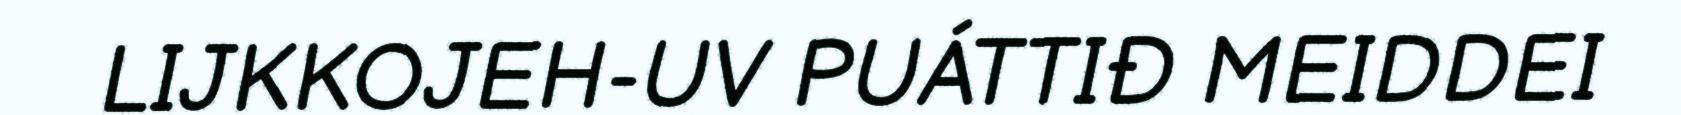
LIJKKOJEH-UV PUÁTTIĐ MEIDDEI